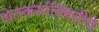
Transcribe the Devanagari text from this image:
शेतकर्यांविषयीचे